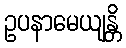
ဥပနာမေယျန္တိ